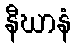
နီဃာနံ